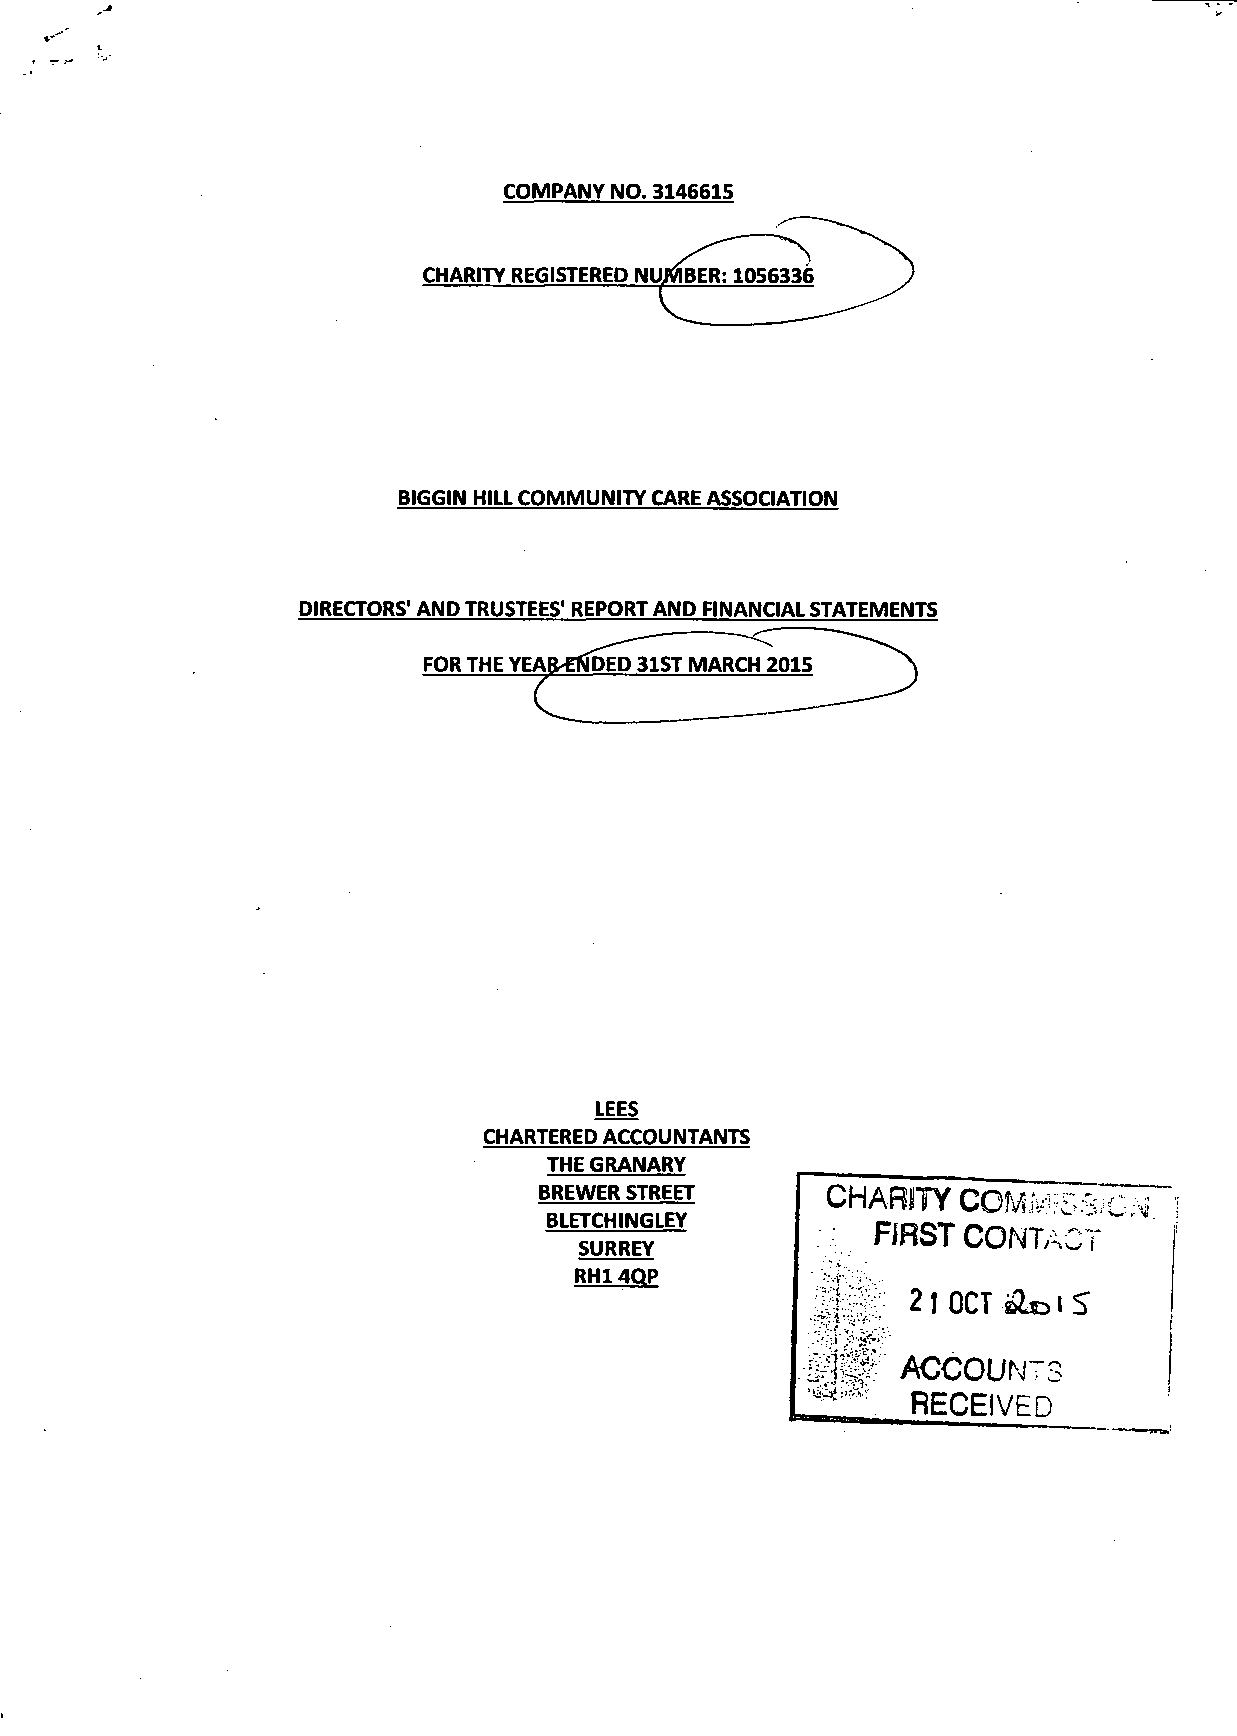
COMPANY NO. 3146615
 CHARITY REGISTERED NUJVlBER: 1056336
 BIGGIN HILL COMMUNITY CARE ASSOCIATION
 DIRECTORS' AND TRUSTEES' REPORT AND FINANCIAL STATEMENTS
 FOR THE YEAIVENDED 31ST MARCH 2015
 LEES
 CHARTERED ACCOUNTANTS
 THE GRANARY
 BREWER STREET                comm
 CHARITY
 BLETCHINGLEY
 SURREY           •  FIRST CONTACT
 RHl 4QP
 21 OCT & D IS
 ^IgV  ACCOUNTS
 RECEIVED